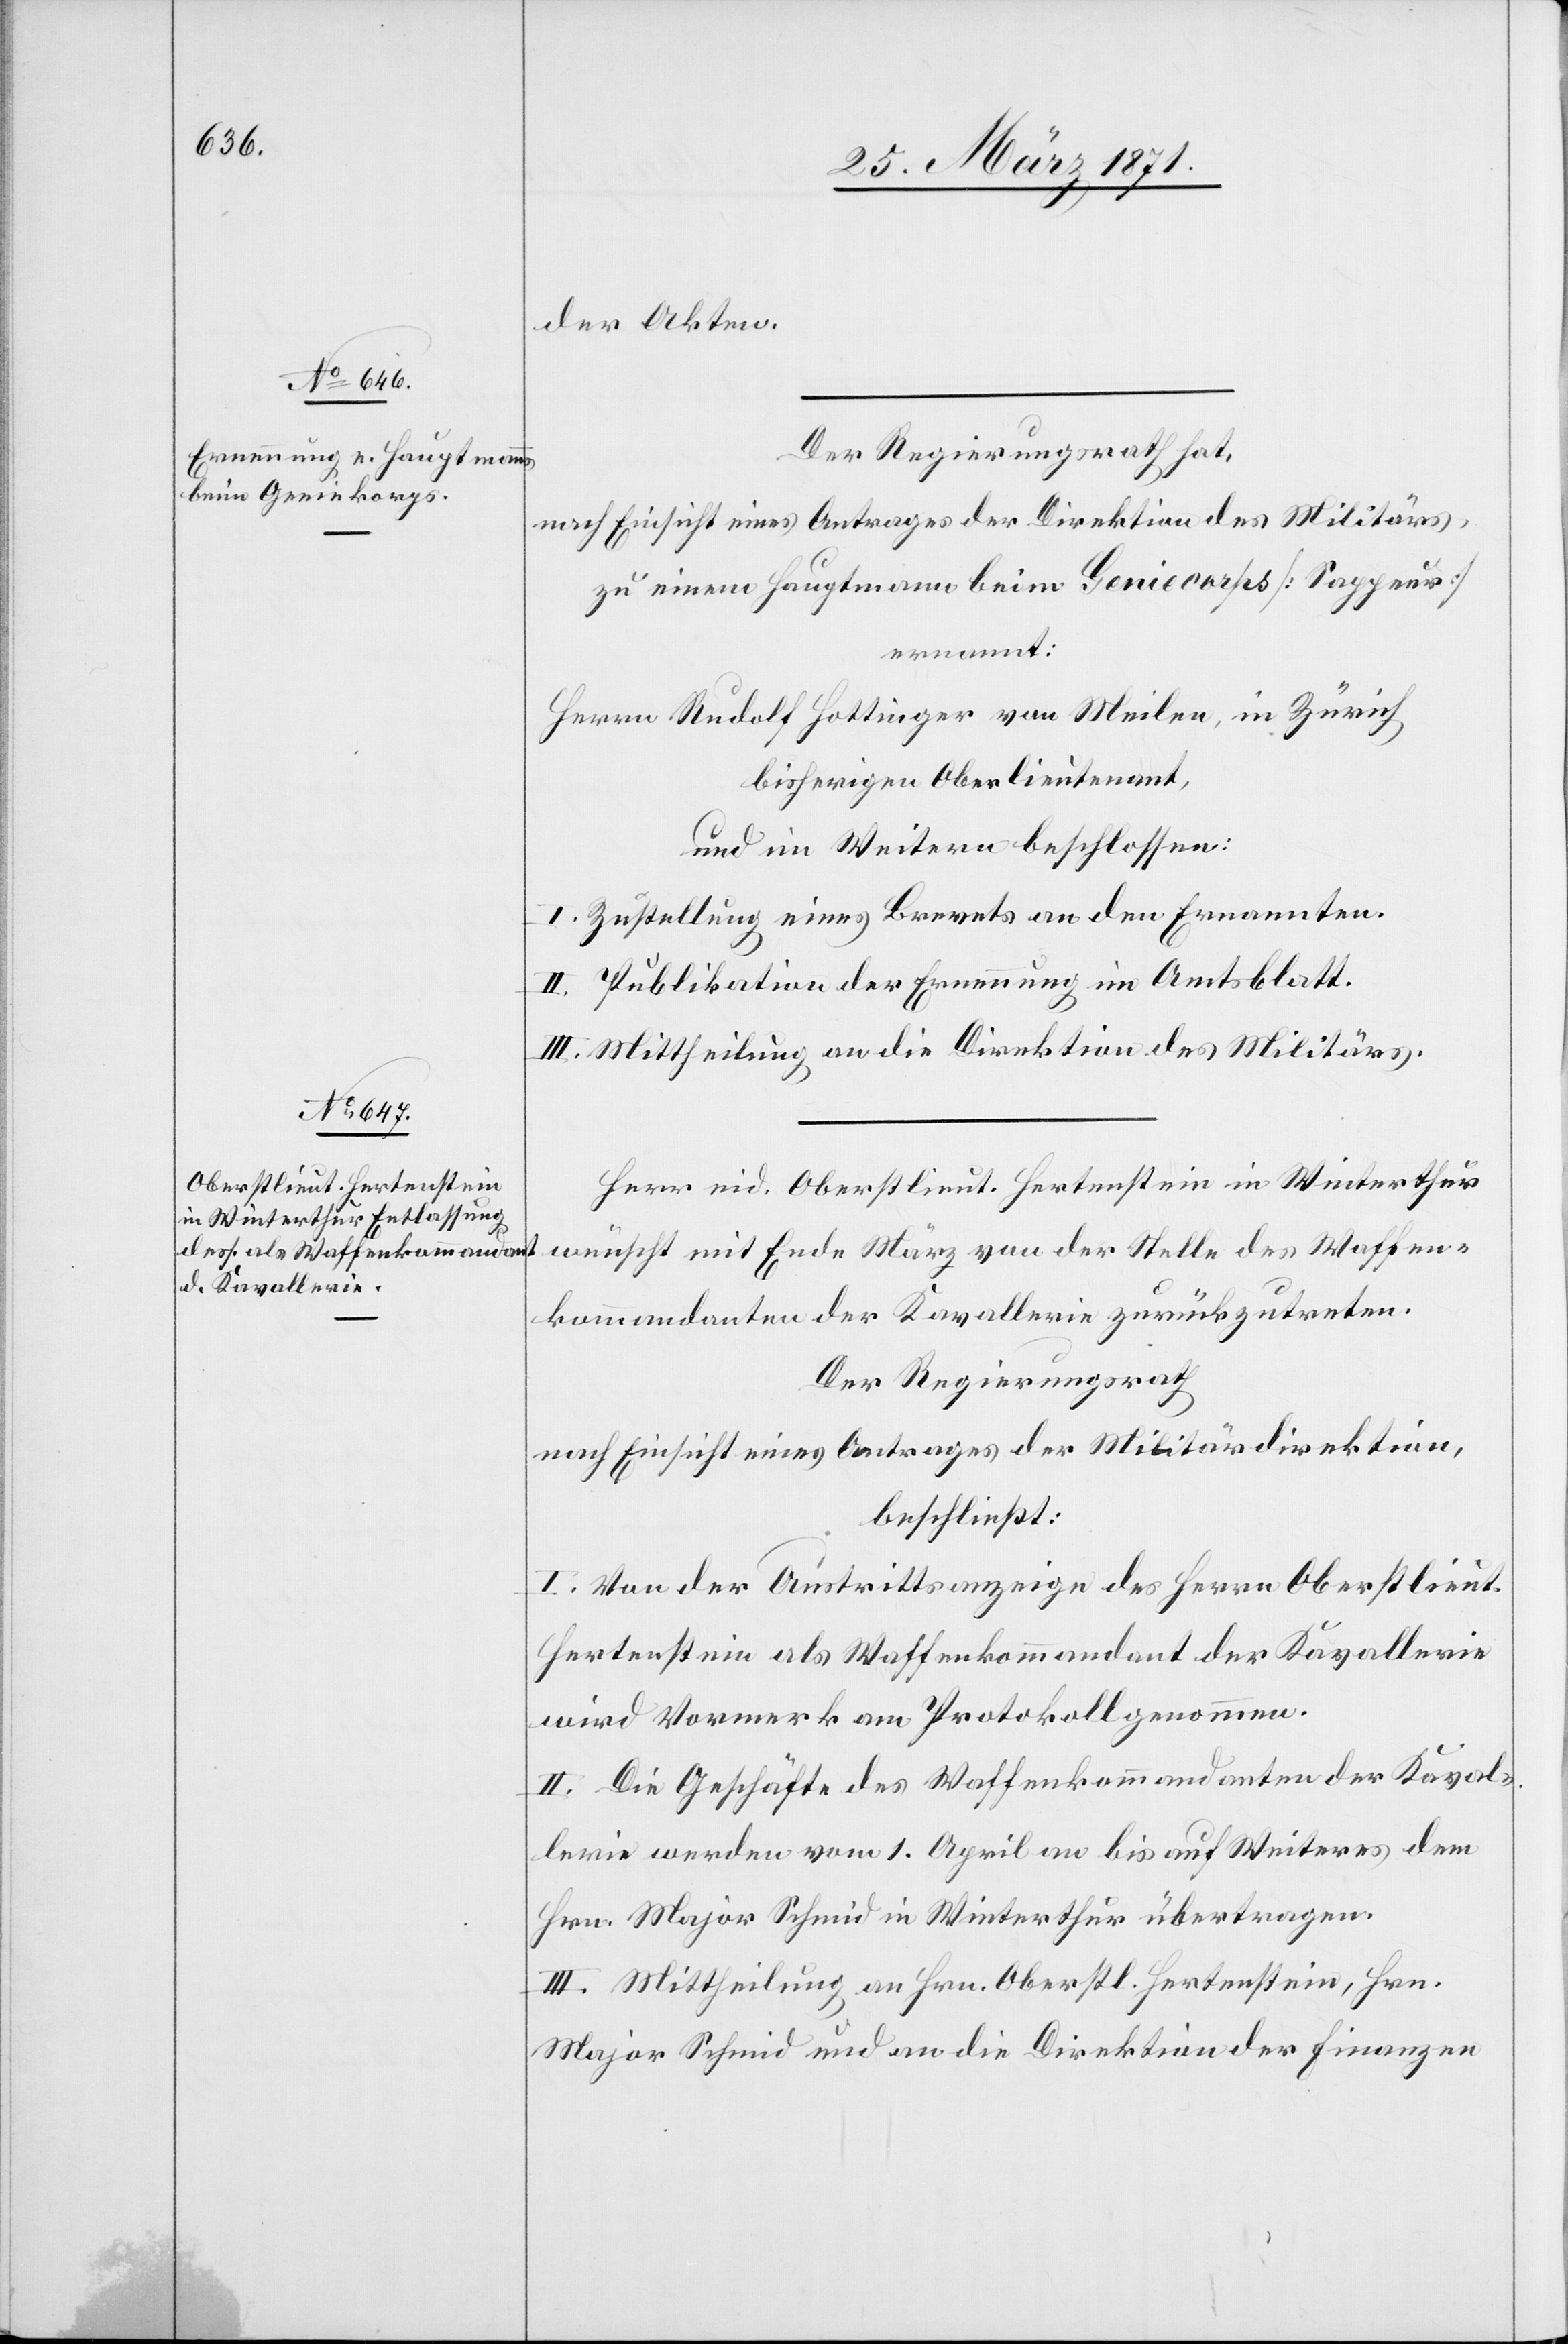
des Waffen¬
Der Regierungsrath hat,
nach Einsicht eines Antrages der Direktion des Militärs,
zu einem Hauptmann beim Geniecorps [Sappeur]
ernannt:
Herrn Rudolf Hottinger von Meilen, in Zürich
bisherigen Oberlieutenant,
und im Weitern beschlossen:
I. Zustellung eines Brevets an den Ernannten.
II. Publikation der Ernennung im Amtsblatt.
III. Mittheilung an die Direktion des Militärs.
Herr eid. Oberstlieut. Hertenstein in Winterthur
kommandanten der Kavallerie zurückzutreten.
Der Regierungsrath
nach Einsicht eines Antrages der Militärdirektion,
beschließt:
I. Von der Austrittsanzeige des Herrn Oberstlieut.
Hertenstein als Waffenkommandant der Kavallerie
wird Vormerk am Protokoll genommen.
II. Die Geschäfte des Waffenkommandanten der Kaval¬
lerie werden vom 1. April an bis auf Weiteres dem
Hrn. Major Schmid in Winterthur übertragen.
III. Mittheilung an Hrn. Oberstl. Hertenstein, Hrn.
Major Schmid und an die Direktion der Finanzen